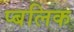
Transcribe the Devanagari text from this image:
प्बलिक